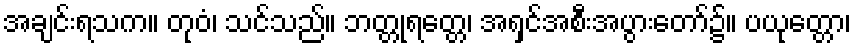
အချင်းရသက။ တုဝံ၊ သင်သည်။ ဘတ္တုရတ္တေ၊ အရှင်အစီးအပွားတော်၌။ ပယုတ္တော၊